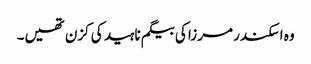
وہ اسکندر مرزا کی بیگم ناہید کی کزن تھیں۔